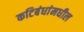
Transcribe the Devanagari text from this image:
कटिबंधांमधील